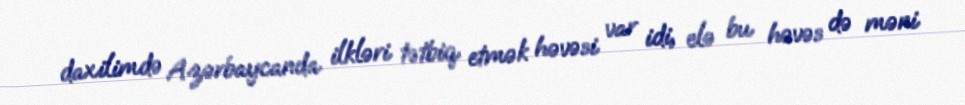
daxilimdə Azərbaycanda ilkləri tətbiq etmək həvəsi var idi, elə bu həvəs də məni